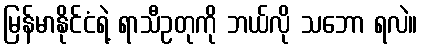
မြန်မာနိုင်ငံရဲ့ ရာသီဥတုကို ဘယ်လို သဘော ရလဲ။